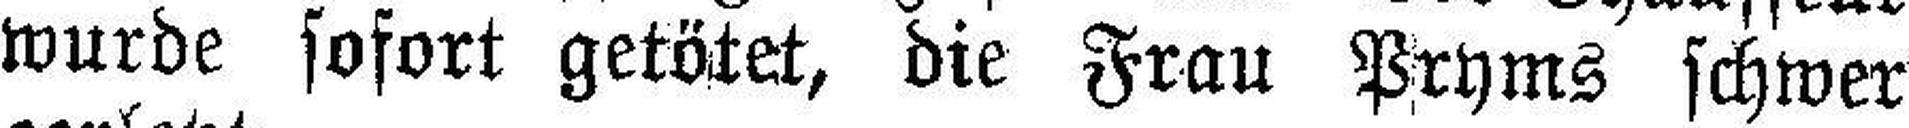
wurde sofort getötet, die Frau Pryms schwer